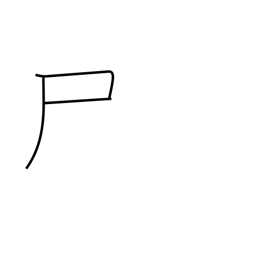
Meaning: flag radical (no. 44)